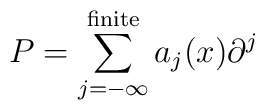
P=\sum_{j=-\infty}^{\rm finite} a_j(x) \partial^j